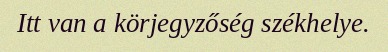
Itt van a körjegyzőség székhelye.